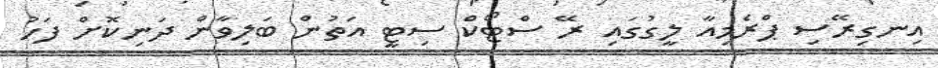
އިނގިރޭސި ޕްރެމިއާ ލީގުގައި ރޭ ސްޓޯކް ސިޓީ އަތުން ބަލިވާން ދަނިކޮށް ފަހު